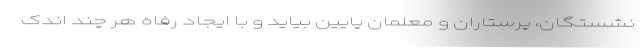
نشستگان، پرستاران و معلمان پایین بیاید و با ایجاد رفاه هر چند اندک